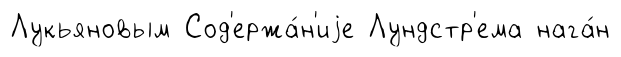
Лукьяновым Сод'ержа́н'иjе Лундстр'ема нага́н